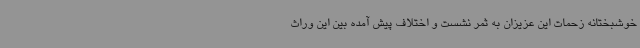
خوشبختانه زحمات این عزیزان به ثمر نشست و اختلاف پیش آمده بین این وراث